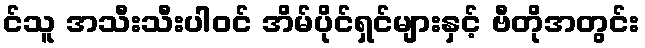
င်သူ အသီးသီးပါဝင် အိမ်ပိုင်ရှင်များနှင့် ဗီတိုအတွင်း